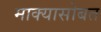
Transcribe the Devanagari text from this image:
माक्यासोबत